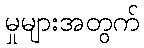
မှုများအတွက်